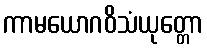
ကာမယောဂဝိသံယုတ္တော